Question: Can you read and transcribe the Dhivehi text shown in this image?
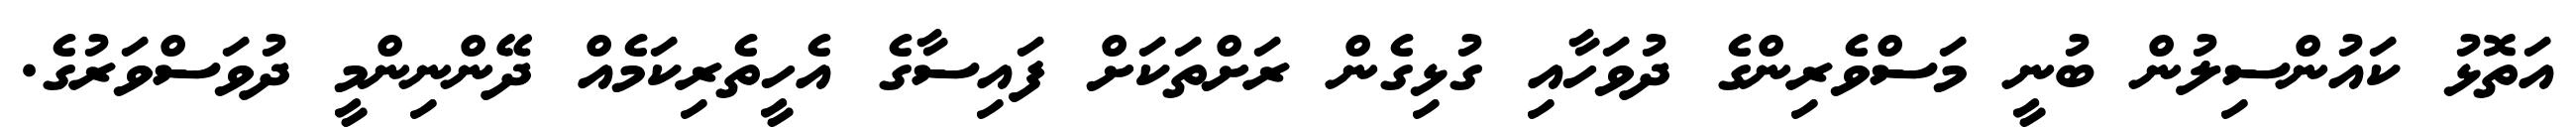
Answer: އަތޮޅު ކައުންސިލުން ބުނީ މަސްވެރިންގެ ދުވަހާއި ގުޅިގެން ރަށްތަކަށް ފައިސާގެ އެހީތެރިކަމެއް ދޭންނިންމީ ދުވަސްވަރުގެ.